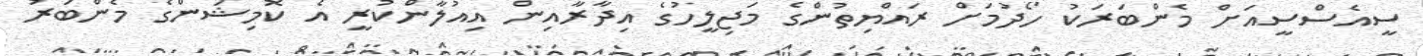
ސީއެސްސީއަށް މެންބަރަކު ހޯދުމަށް ރައްޔިތުންގެ މަޖިލީހުގެ އިދާރާއިން އިއުލާންކުރީ އެ ކޮމިޝަންގެ މެންބަރު